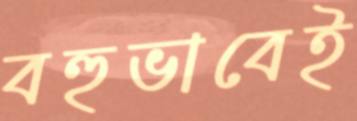
বহুভাবেই